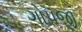
ગોપજી